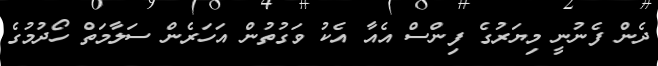
ދެން ފެނުނީ މިޔަރުގެ ފިންސް އެއާ އެކު ވަގުތުން އަހަރެން ސަލާމަތް ހޯދުމުގެ